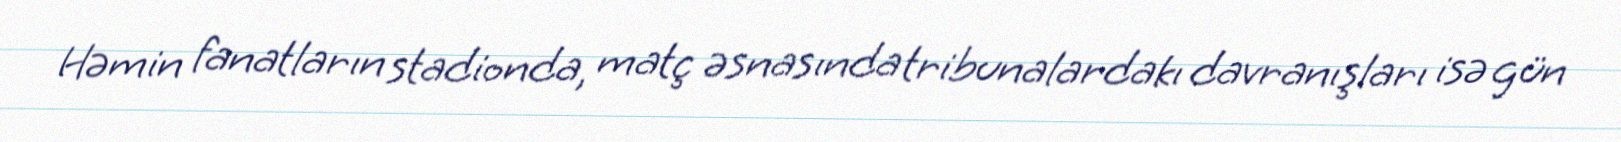
Həmin fanatların stadionda, matç əsnasında tribunalardakı davranışları isə gün